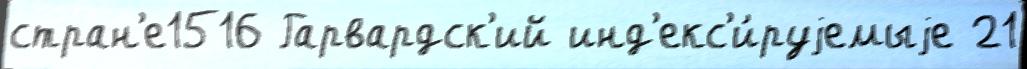
стран'е1516 Гарвардск'ий инд'екс'и́руjемыjе 21